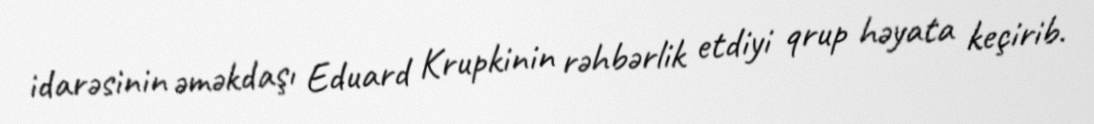
idarəsinin əməkdaşı Eduard Krupkinin rəhbərlik etdiyi qrup həyata keçirib.